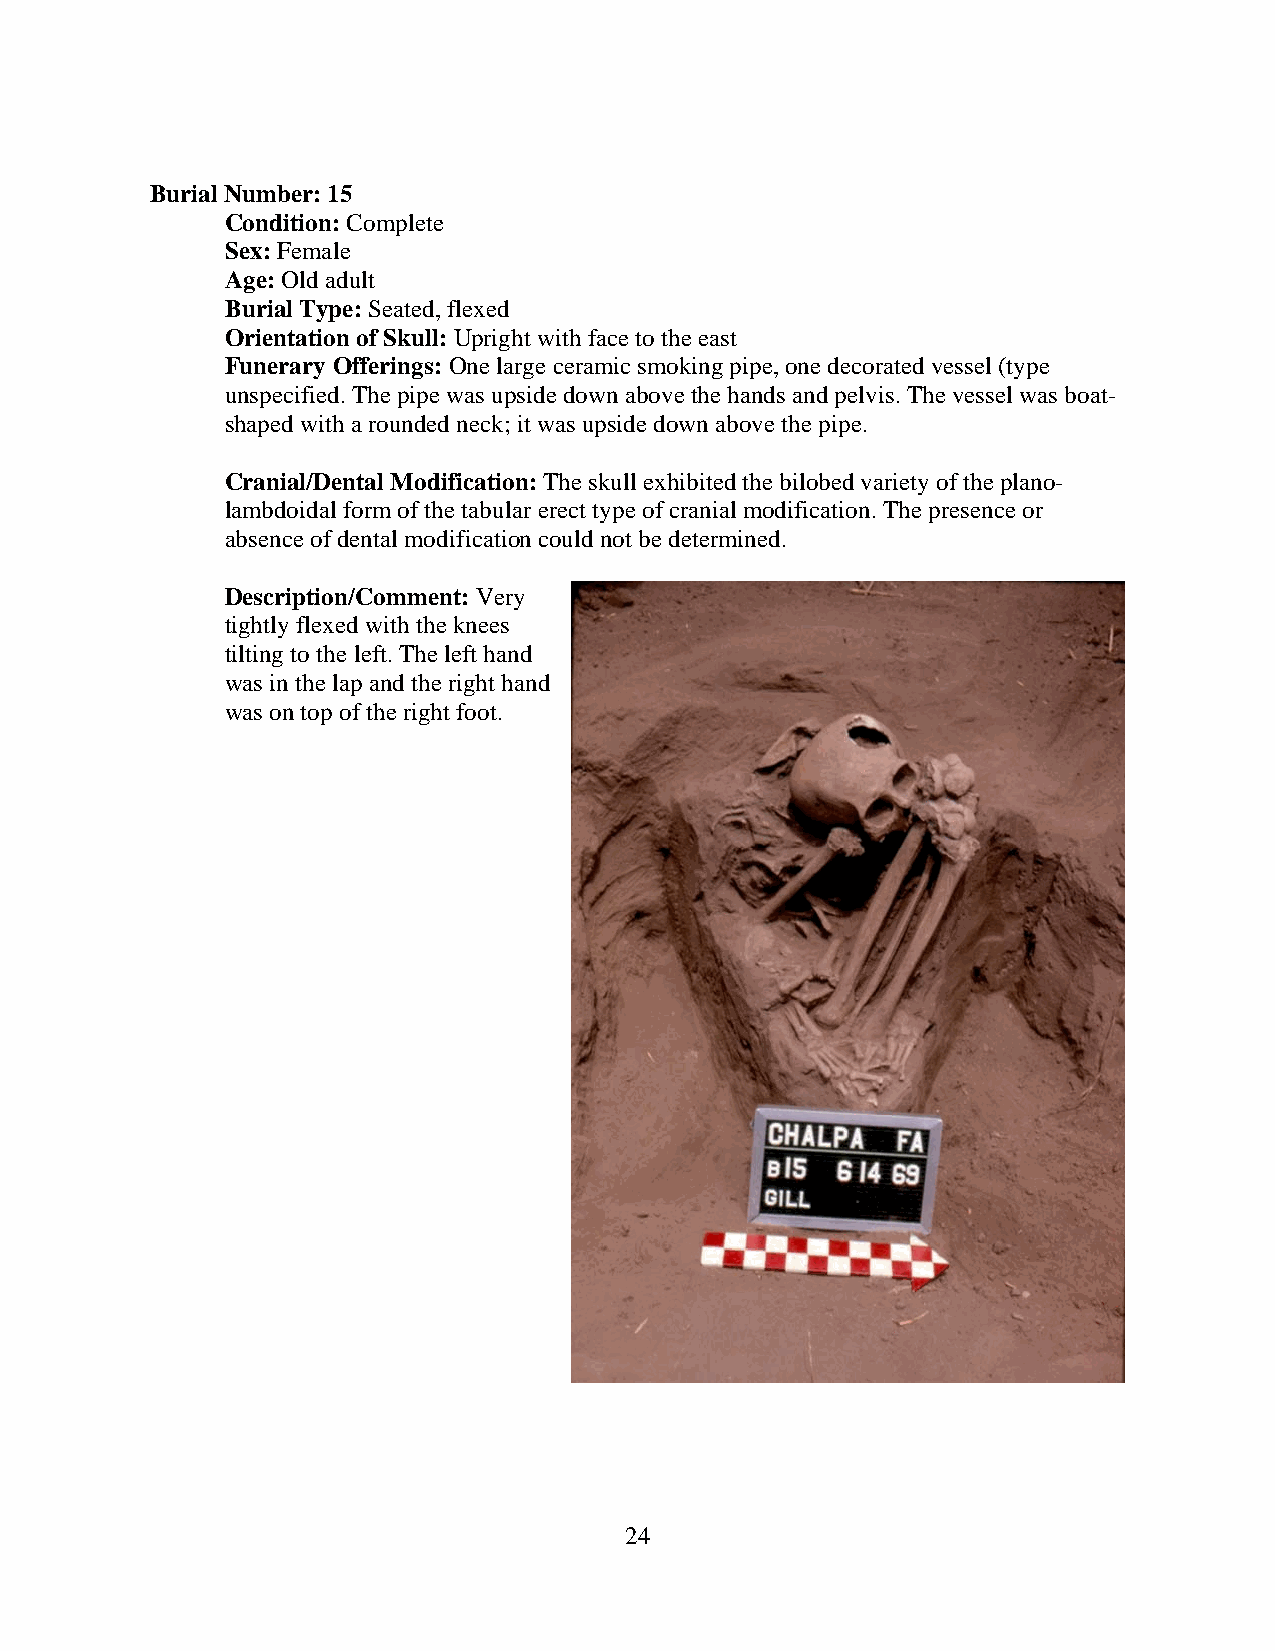
Burial Number: 15
 Condition: Complete
 Sex: Female
 Age: Old adult
 Burial Type: Seated, flexed
 Orientation of Skull: Upright with face to the east
 Funerary Offerings: One large ceramic smoking pipe, one decorated vessel (type
 unspecified. The pipe was upside down above the hands and pelvis. The vessel was boat-
 shaped with a rounded neck; it was upside down above the pipe.
 Cranial/Dental Modification: The skull exhibited the bilobed variety of the plano-
 lambdoidal form of the tabular erect type of cranial modification. The presence or
 absence of dental modification could not be determined.
 Description/Comment: Very
 tightly flexed with the knees
 tilting to the left. The left hand
 was in the lap and the right hand
 was on top of the right foot.
 24